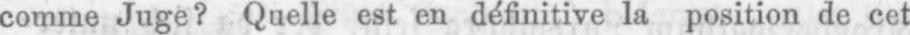
comme Juge? Quelle est en définitive la position de cet